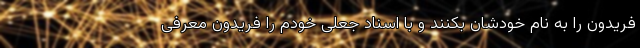
فریدون را به نام خودشان بکنند و با اسناد جعلی خودم را فریدون معرفی